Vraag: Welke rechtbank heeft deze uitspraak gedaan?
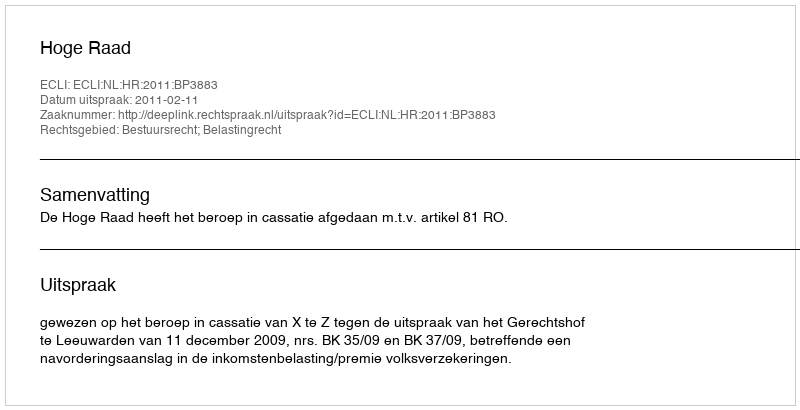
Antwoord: Hoge Raad